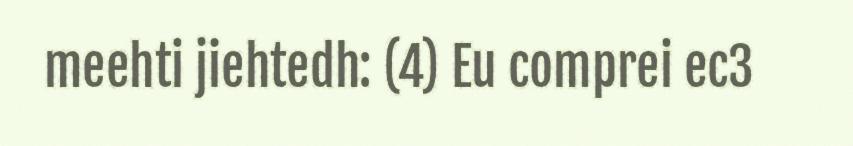
meehti jiehtedh: (4) Eu comprei ec3